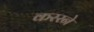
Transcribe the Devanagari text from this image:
कररने